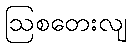
ဩစတေးလျ